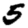
Digit: 5